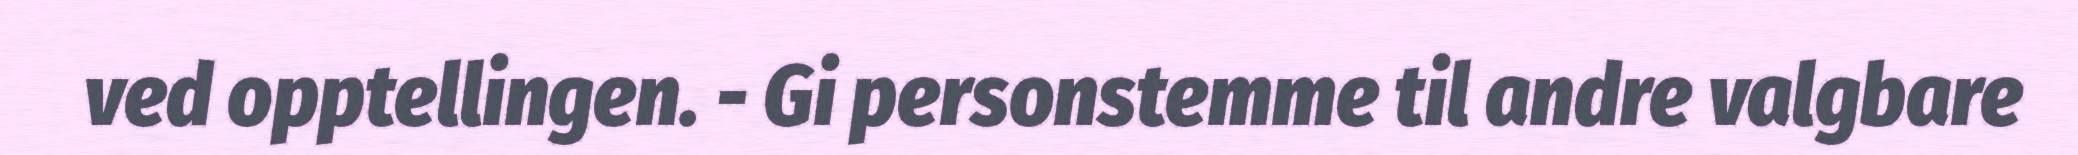
ved opptellingen. - Gi personstemme til andre valgbare